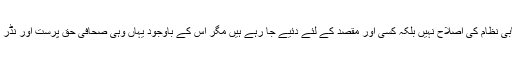
انہوں نے جانا، سمجھا اور کہا کہ دھرنے انتخابی نظام کی اصلاح نہیں بلکہ کسی اور مقصد کے لئے دئیے جا رہے ہیں مگر اس کے باوجود یہاں وہی صحافی حق پرست اور نڈر تھے جو من گھڑت کہانیاں بیان کر رہے تھے۔